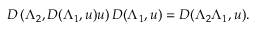
D \left( \Lambda _ { 2 } , D ( \Lambda _ { 1 } , u ) u \right) D ( \Lambda _ { 1 } , u ) = D ( \Lambda _ { 2 } \Lambda _ { 1 } , u ) .